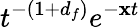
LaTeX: t^{-(1+d_{f})}e^{-\mathbf{x}t}